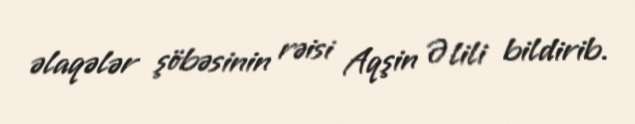
əlaqələr şöbəsinin rəisi Aqşin Əlili bildirib.